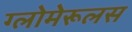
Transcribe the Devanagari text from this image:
ग्लोमेरूलस